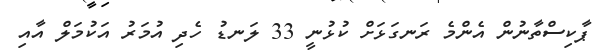
ޕާކިސްތާނުން އެންމެ ރަނގަޅަށް ކުޅުނީ 33 ލަނޑު ހެދި އުމަރު އަކުމަލް އާއި